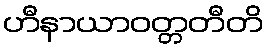
ဟီနာယာဝတ္တတီတိ